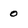
Character: 0